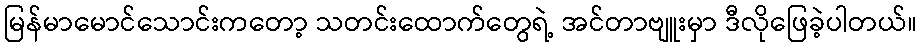
မြန်မာမောင်သောင်းကတော့ သတင်းထောက်တွေရဲ့ အင်တာဗျူးမှာ ဒီလိုဖြေခဲ့ပါတယ်။